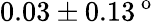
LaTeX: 0.03\pm 0.13^{\mathrm{~o~}}